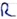
Text: R